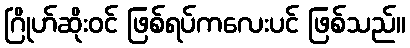
ဂြိုဟ်ဆိုးဝင် ဖြစ်ရပ်ကလေးပင် ဖြစ်သည်။